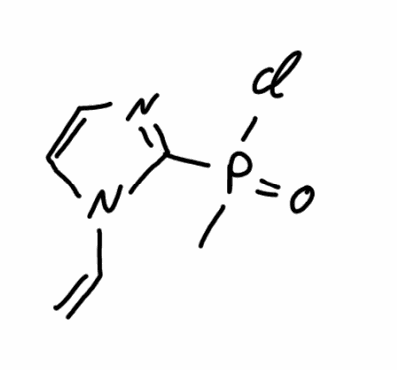
Simplified molecular-input line-entry system (SMILES) notation of the given molecule:
CP(=O)(C1=NC=CN1C=C)Cl